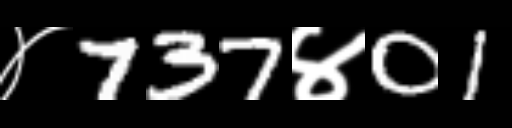
Text: ४737४01